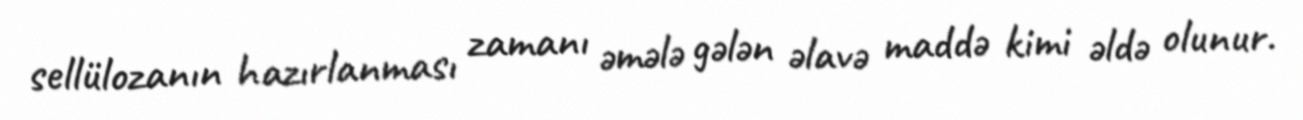
sellülozanın hazırlanması zamanı əmələ gələn əlavə maddə kimi əldə olunur.